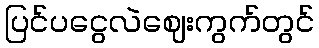
ပြင်ပငွေလဲဈေးကွက်တွင်